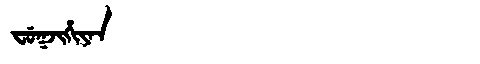
Manchu: ᠸᡠᡴᠵᡳᡥᡳᠶᠠᠨ
Romanization: FUKJIHIYAN